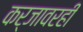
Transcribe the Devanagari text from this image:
कर्जावरही